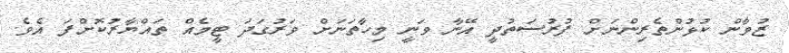
ޒުވާން ކުޅުންތެރިންނަށް ފުރުސަތުދީ އޭނާ ވަނީ މިހާތަނަށް ވަރުގަދަ ޓީމެއް ތައްޔާރުކޮށްފަ އެވެ.